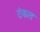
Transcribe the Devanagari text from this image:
टंकत